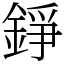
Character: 錚